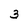
Character: 3